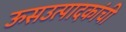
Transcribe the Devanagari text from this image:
ऊसउत्पादकांची